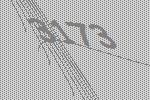
3173